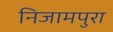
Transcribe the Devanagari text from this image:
निजामपुरा